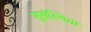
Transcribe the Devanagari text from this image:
सुसंस्थिता